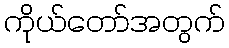
ကိုယ်တော်အတွက်